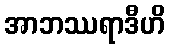
အာဘဿရာဒီဟိ